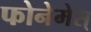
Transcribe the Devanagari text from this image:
फोनेमेस्